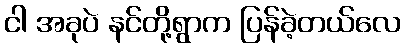
ငါ အခုပဲ နင်တို့ရွာက ပြန်ခဲ့တယ်လေ